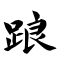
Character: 踉